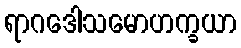
ရာဂဒေါသမောဟက္ခယာ